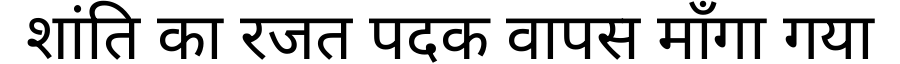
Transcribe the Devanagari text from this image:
शांति का रजत पदक वापस माँगा गया